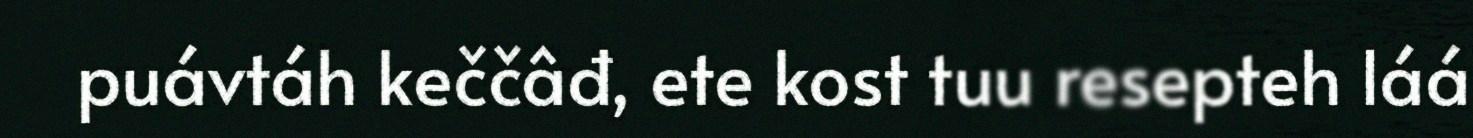
puávtáh keččâđ, ete kost tuu resepteh láá